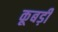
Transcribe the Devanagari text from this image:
कूबड़ी